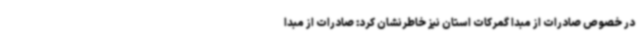
در خصوص صادرات از مبدا گمرکات استان نیز خاطرنشان کرد: صادرات از مبدا